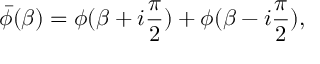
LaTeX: \bar { \phi } ( \beta ) = \phi ( \beta + i { \frac { \pi } { 2 } } ) + \phi ( \beta - i { \frac { \pi } { 2 } } ) ,